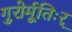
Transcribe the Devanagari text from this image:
गुरोर्मूतिःर्